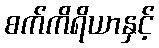
စက်ကိရိယာနှင့်